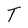
Character: T